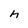
Character: h